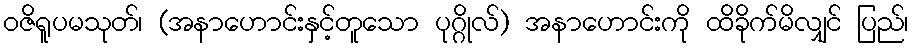
ဝဇိရူပမသုတ်၊ (အနာဟောင်းနှင့်တူသော ပုဂ္ဂိုလ်) အနာဟောင်းကို ထိခိုက်မိလျှင် ပြည်၊